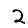
Digit: 2